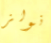
نولز